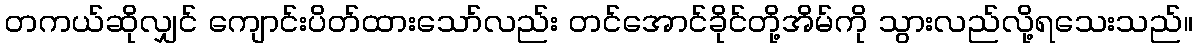
တကယ်ဆိုလျှင် ကျောင်းပိတ်ထားသော်လည်း တင်အောင်ခိုင်တို့အိမ်ကို သွားလည်လို့ရသေးသည်။